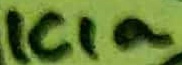
Text: ICIa